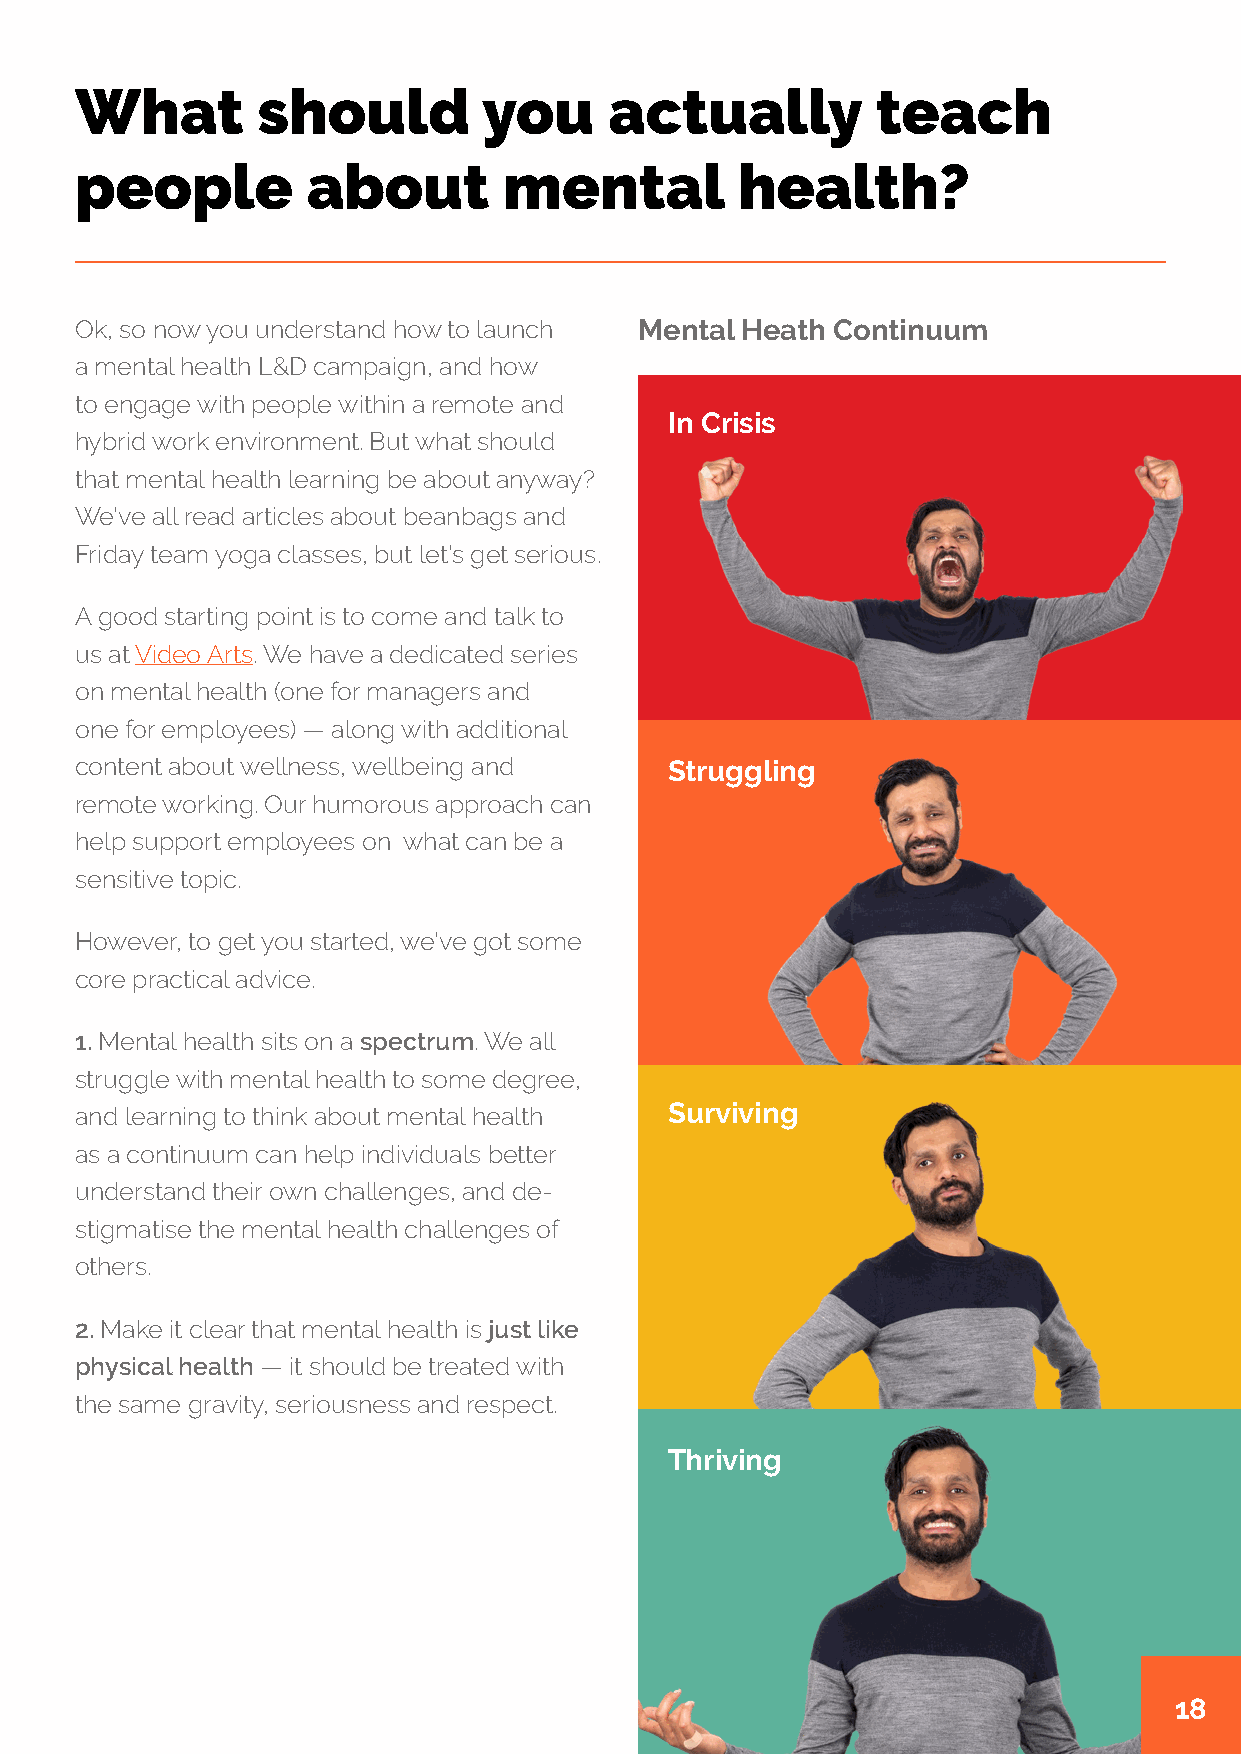
What        should         you     actually          teach
 people         about        mental          health?
 Ok, so now you understand how to launch Mental Heath Continuum
 a mental health L&D campaign, and how
 to engage with people within a remote and
 In Crisis
 hybrid work environment. But what should
 that mental health learning be about anyway?
 We’ve all read articles about beanbags and
 Friday team yoga classes, but let’s get serious.
 A good starting point is to come and talk to
 us at Video Arts. We have a dedicated series
 on mental health (one for managers and
 one for employees) — along with additional
 content about wellness, wellbeing and  Struggling
 remote working. Our humorous approach can
 help support employees on what can be a
 sensitive topic.
 However, to get you started, we’ve got some
 core practical advice.
 1. Mental health sits on a spectrum. We all
 struggle with mental health to some degree,
 and learning to think about mental health Surviving
 as a continuum can help individuals better
 understand their own challenges, and de-
 stigmatise the mental health challenges of
 others.
 2. Make it clear that mental health is just like
 physical health — it should be treated with
 the same gravity, seriousness and respect.
 Thriving
 18